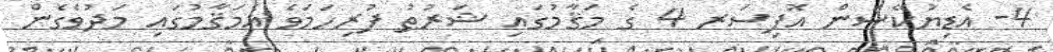
4- އެޑިޔުކޭޝަން އޮފިސަރ 4 ގެ މަޤާމުގައި ޝަރުޠު ފުރިހަމަވެ އެމަޤާމުގައި މަދުވެގެން